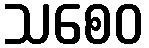
သစေဝ